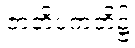
ဇာတိပကတိ၌